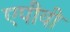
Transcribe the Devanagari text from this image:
एपीवी